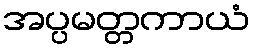
အပ္ပမတ္တကာယံ